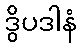
ဒွိပဒါနံ